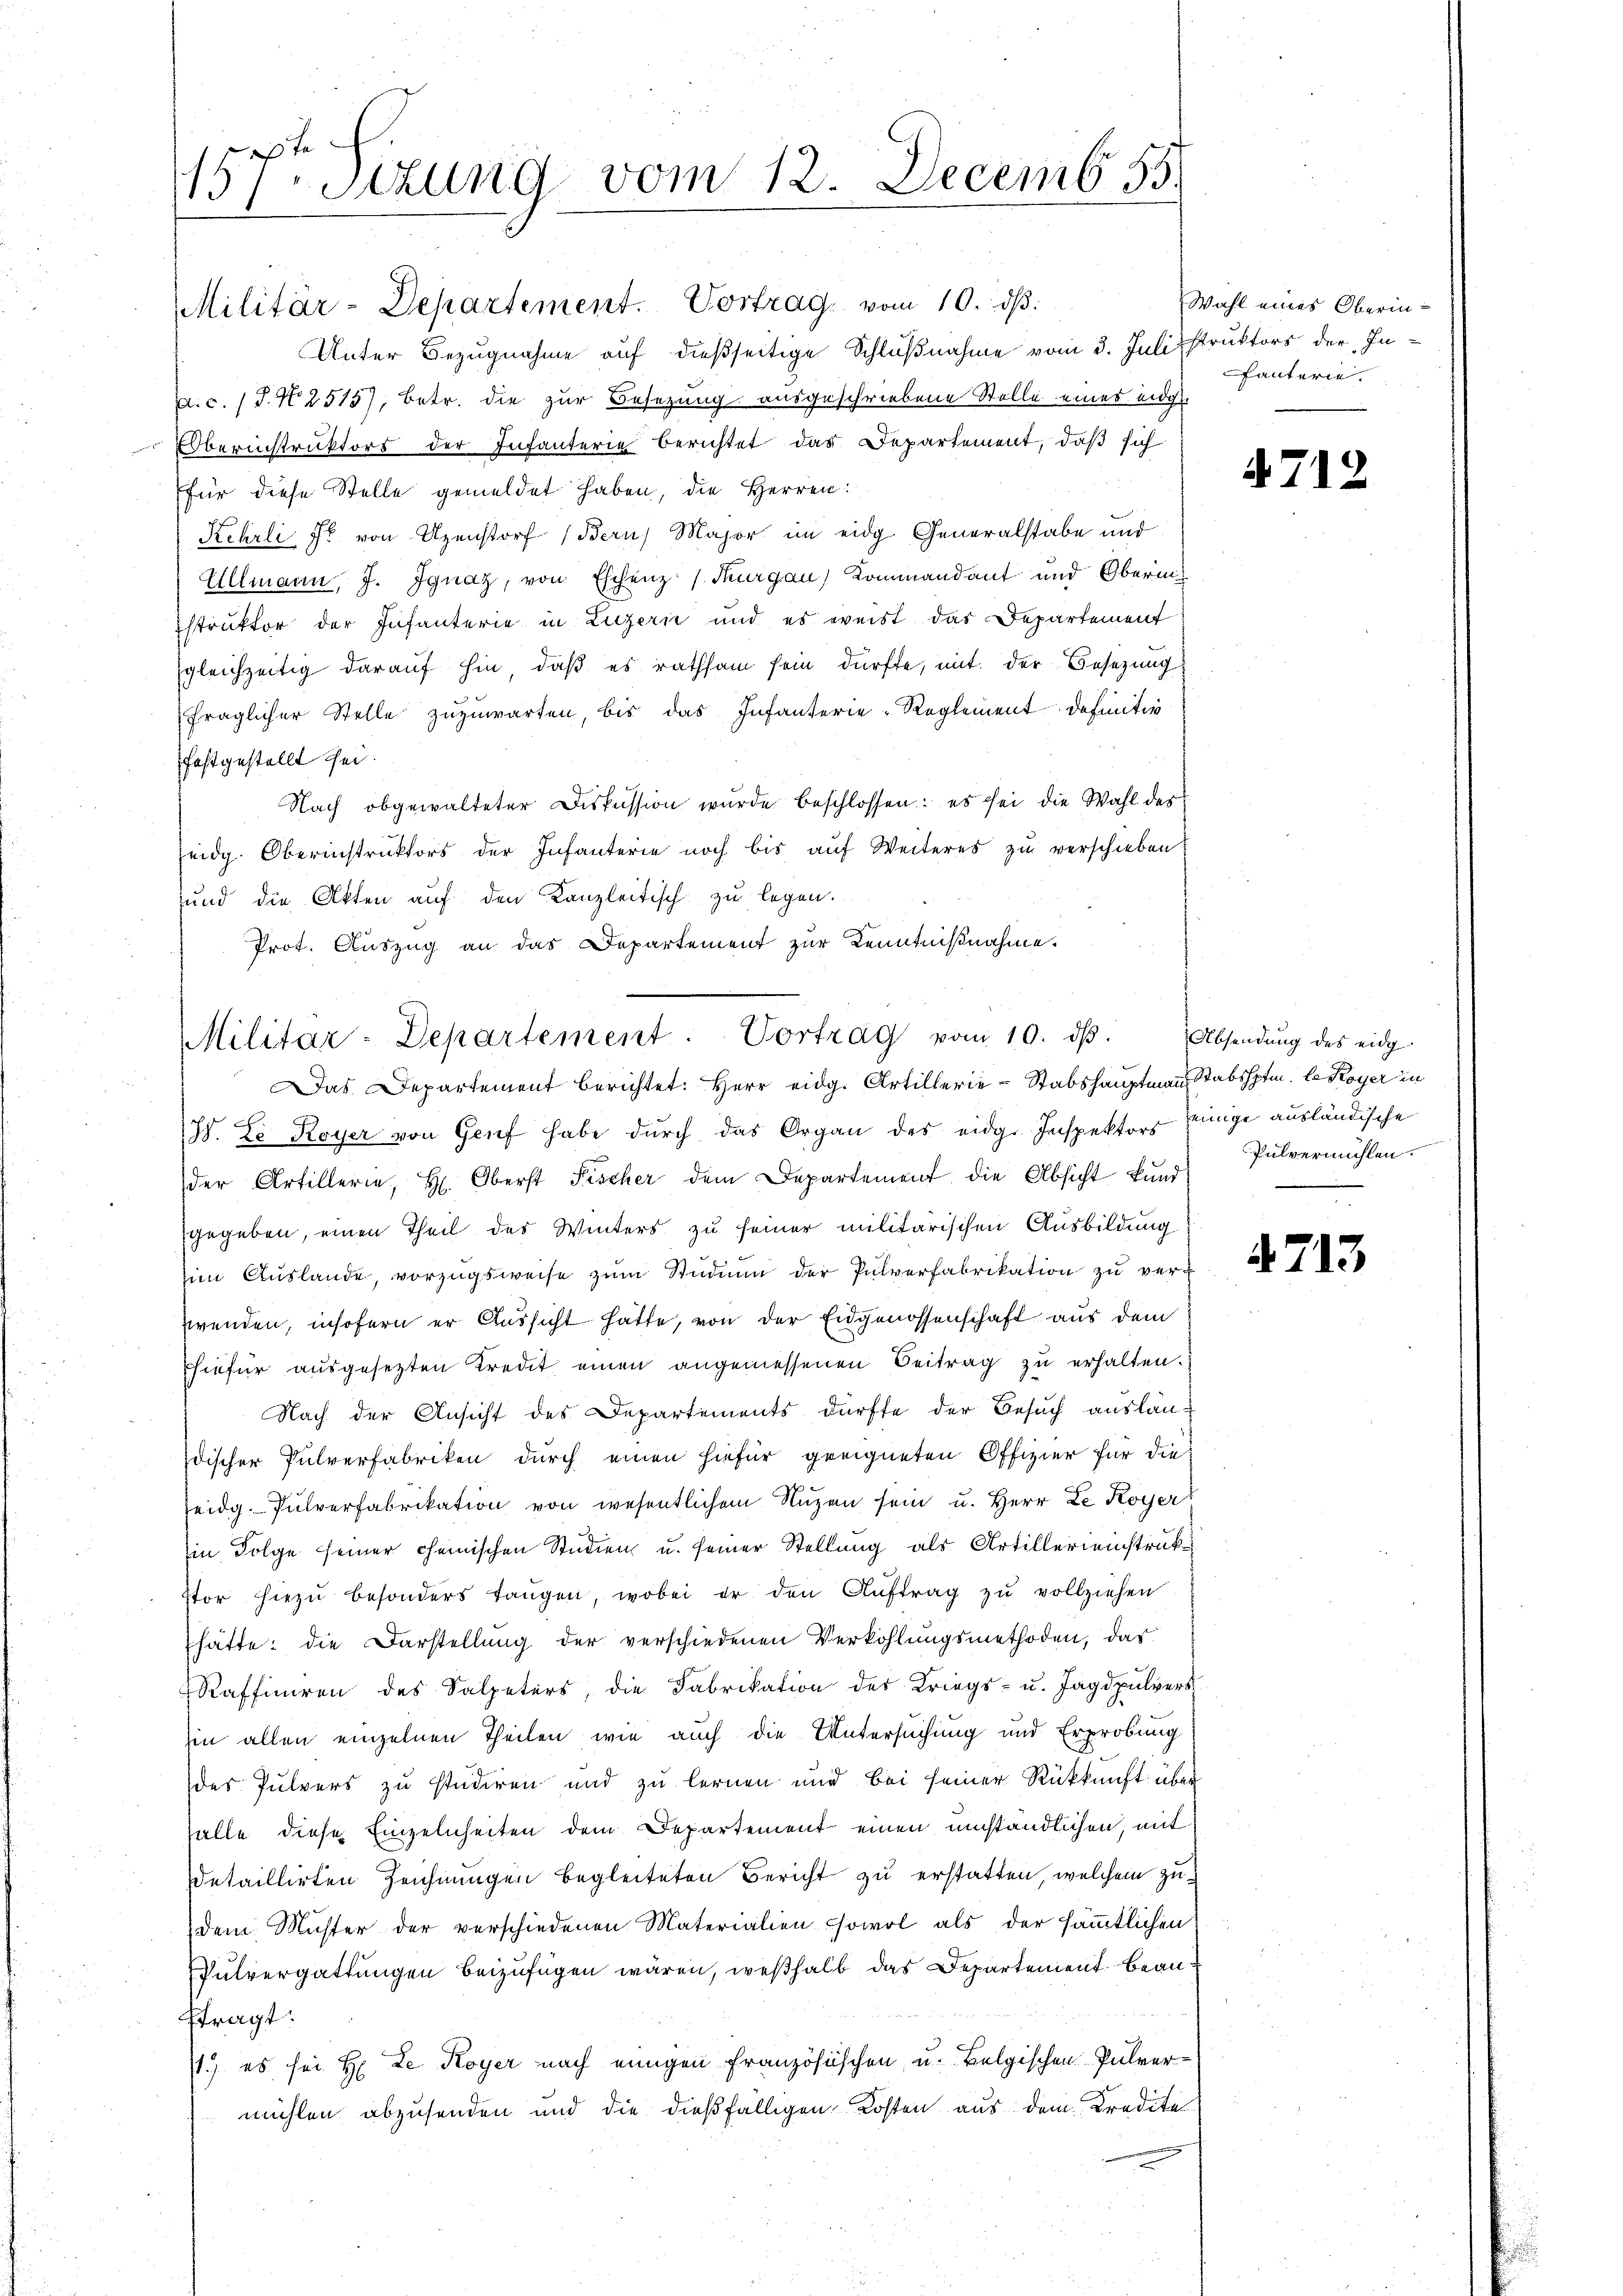
157. Sizung vom 12. Decemb. 55.

Militär-Departement. Vortrag vom 10. ds.
Unter Bezugnahme auf dießseitige Schlußnahme vom 3. Juli struktors der Ina.c. (T. N. 2515), betr. die zur Besetzung ausgeschriebene Stelle eines eidg.
OOberinstruktors der Infanterie berichtet das Departement, daß sich
für diese Stelle gemeldet haben, die Herren:
Kehrli so von Uzenstorf (Bern, Major im eidg. Generalstabe und
Ullmann, J. Ignaz, von Eschenz (Thurgau, Kommandant und Obering
istruktor der Infanterie in Luzerie und es weist das Departement
gleichzeitig darauf hin, daß es rathsam sein dürfte, mit der Besizung
fraglicher Stelle zuzuwarten, bis das Infanterie-Reglement definitiv
festgestellt sei.
Nach obgewalteter Diskussion wurde beschlossen: es sei die Wahl der
seidg. Oberinstruktors der Infanterie noch bis aŭf Weiteres zŭ verschieben
und die Akten auf den Kanzleitisch zu legen.
Prot. Auszug an das Departement zur Kenntnißnahme.

Militar-Departement. Vortrag vom 10. dβ.
Das Departement berichtet: Herr eidg. Artillerie-Stabshauptmann Stabshptm. le Koyer in

J. Le Royer von Genf habe durch das Organ des eidge Inspektors einige ausländische
der Artillerie, H. Oberst Fischer dem Departement die Absicht kundgegeben, einen Theil des Winters zu seiner militarischen Ausbildung
im Aŭslande, vorzugsweise zŭm Studium der Pulverfabrikation zŭ verzwenden, insofern er Aussicht hätte, von der Eidgenossenschaft aus dem
Ehiefür ausgesetzten Kredit einen angemessenen Beitrag zu erhalten.
Nach der Ansicht des Departements dürfte der Besuch auslän-
discher Pulverfabriken durch einen hiefür geeigneten Offizier für die
eidg. Pulverfabrikation von wesentlichen Nuzen sein u. Herr Le Koyer
Ein Folge seiner chemischen Studien u. seiner Stellung als Artillerieinstruk¬
Itor hiezŭ besonders tangen, wobei er den Aŭftrag zŭ vollziehen
hätte: die Darstellung der verschiedenen Verkohlungsmethoden, das
Raffiniren des Salpeters, die Fabrikation des Kriegs- u. Jagdpulvers
hin allen einzelnen Theilen wie auch die Untersuchung und Erprobung
des Pulvers zu studiren und zu lernen und bei seiner Rückkunft über
falle diese Einzelnheiten dem Departement einen umständlichen, mit
detaillirten Zeichnungen begleiteten Bericht zu erstatten, welchem zu-
dem Müster der verschiedenen Materialien sowol als der sämmtlichen
Pulvergattungen beizufügen wären, weßhalb das Departement beanftragt:
11.) es sei H. Le Koyer nach einigen französischen, u. Belgischen Pulvermühlen abzusenden und die dießfälligen Kosten aus dem Kredite

Wahl eines Oberinfanterie

47.

1.

Absendung des eidg.
Pulvermühlen.

4713